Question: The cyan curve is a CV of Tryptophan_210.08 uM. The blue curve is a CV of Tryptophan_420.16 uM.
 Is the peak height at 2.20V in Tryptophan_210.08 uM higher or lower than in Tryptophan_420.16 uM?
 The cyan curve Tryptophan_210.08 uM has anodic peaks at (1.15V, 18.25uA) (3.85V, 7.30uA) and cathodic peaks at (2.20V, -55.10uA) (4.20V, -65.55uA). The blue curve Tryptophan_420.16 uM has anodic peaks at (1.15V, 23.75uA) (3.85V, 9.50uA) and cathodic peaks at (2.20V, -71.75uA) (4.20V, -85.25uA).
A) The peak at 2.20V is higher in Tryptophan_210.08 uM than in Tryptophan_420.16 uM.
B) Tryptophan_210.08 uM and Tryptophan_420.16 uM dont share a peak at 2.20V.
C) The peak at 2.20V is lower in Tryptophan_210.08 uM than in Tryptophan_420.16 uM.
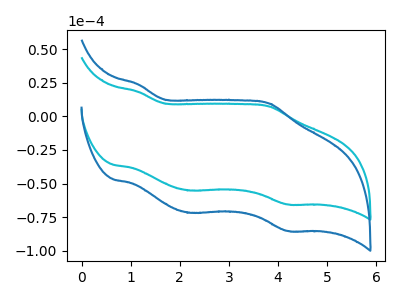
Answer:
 <answer>C) The peak at 2.20V is lower in "Tryptophan_210.08 uM" than in "Tryptophan_420.16 uM".</answer>
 <eval>C</eval>